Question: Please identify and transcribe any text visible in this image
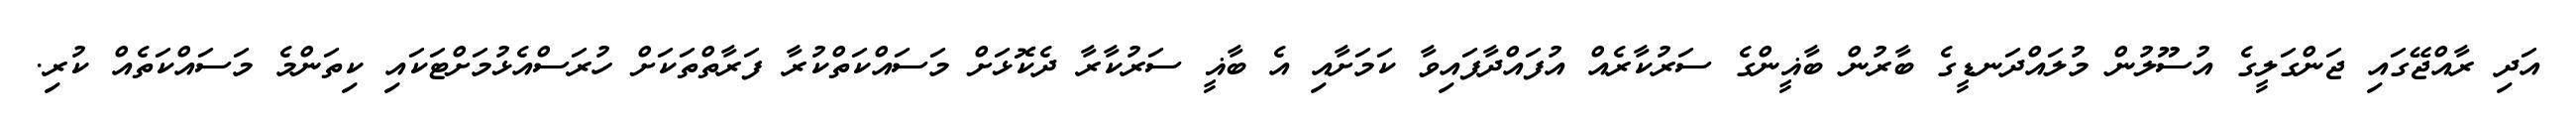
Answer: އަދި ރާއްޖޭގައި ޖަންގަލީގެ އުސޫލުން މުލައްދަނޑީގެ ބާރުން ބާޣީންގެ ސަރުކާރެއް އުފައްދާފައިވާ ކަމަށާއި އެ ބާޣީ ސަރުކާރާ ދެކޮޅަށް މަސައްކަތްކުރާ ފަރާތްތަކަށް ހުރަސްއެޅުމަށްޓަކައި ކިތަންމެ މަސައްކަތެއް ކުރި.